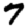
Digit: 7